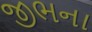
જીભના